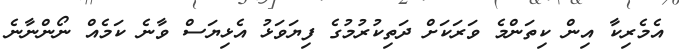
އެމެރިކާ އިން ކިތަންމެ ވަރަަކަށް ދަތިކުރުމުގެ ފިޔަވަޅު އެޅިޔަސް ވާނެ ކަމެއް ނޯންނާނެ